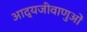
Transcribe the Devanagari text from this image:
आद्यजीवाणुओं